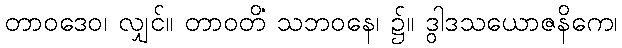
တာဝဒေဝ၊ လျှင်။ တာဝတိံ သဘဝနေ၊ ၌။ ဒွါဒသယောဇနိကေ၊